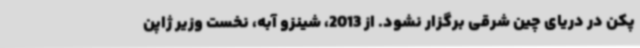
پکن در دریای چین شرقی برگزار نشود. از 2013، شینزو آبه، نخست وزیر ژاپن